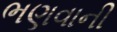
ભણવાની